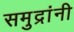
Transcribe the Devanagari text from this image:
समुद्रांनी